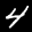
Label: 4